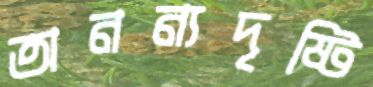
অনন্যদৃষ্টি